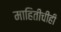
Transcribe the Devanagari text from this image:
माहितीचीही